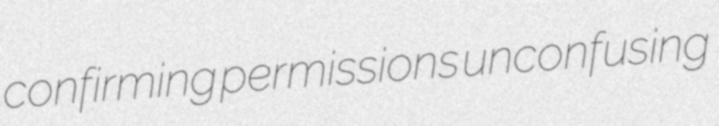
confirming permissions unconfusing